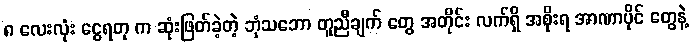
၈ လေးလုံး ငွေရတု က ဆုံးဖြတ်ခဲ့တဲ့ ဘုံသဘော တူညီချက် တွေ အတိုင်း လက်ရှိ အစိုးရ အာဏာပိုင် တွေနဲ့